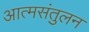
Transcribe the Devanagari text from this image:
आत्मसंतुलन